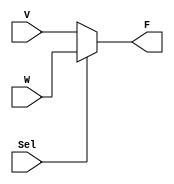
// k-bit 2-to-1 multiplexer combinational
module mux2to1 (V, W, Sel, F);

	parameter k = 8; 

	input [k-1:0] V, W; 
	input Sel;
	output [k-1:0] F; 
	reg [k-1:0] F;

	always @(V or W or Sel) 
		if (Sel==0) 
			F = V; 
		else 
			F = W;
endmodule